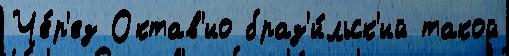
Че́р'ез Октав'ио браз'и́льск'ий такой